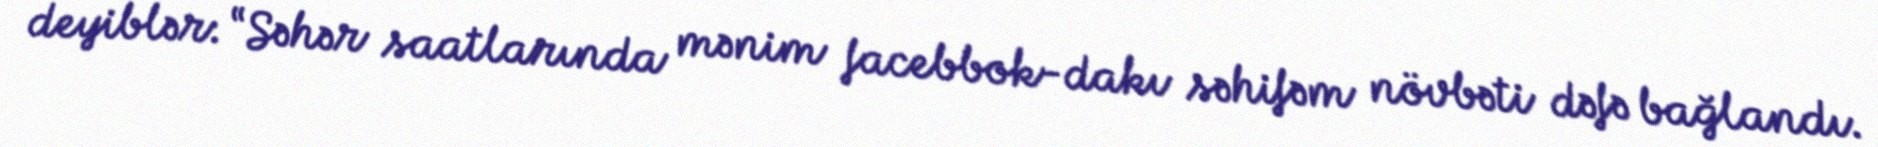
deyiblər: “Səhər saatlarında mənim facebbok-dakı səhifəm növbəti dəfə bağlandı.